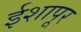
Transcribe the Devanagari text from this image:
ईशापूर